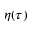
\eta ( \tau )